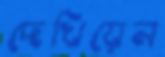
দেখিয়েন